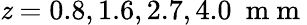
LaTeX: \mathit{z}=0.8,1.6,2.7,4.0\ \mathrm{{~m~m~}}